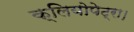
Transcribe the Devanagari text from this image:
क्लियोपेट्रा।